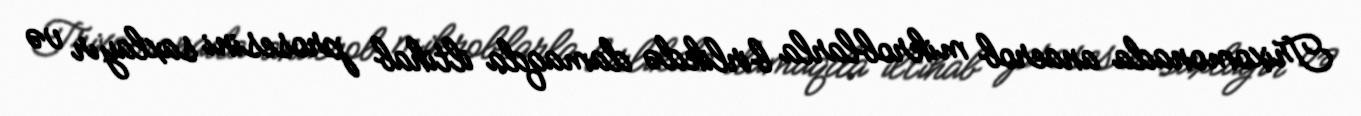
Trixomonada anaerob mikroblarla birlikdə damaqda iltihab prosesini saxlayır və